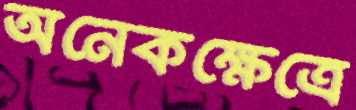
অনেকক্ষেত্রে